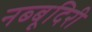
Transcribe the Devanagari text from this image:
नब्‍बूदिरी